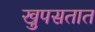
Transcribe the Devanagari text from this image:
खुपसतात